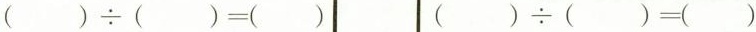
$$( ) \div ( ) = ( )$$ $$( ) \div ( ) = ( )$$